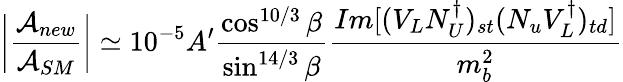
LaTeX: \bigg|{\frac{{\cal A}_{new}}{{\cal A}_{SM}}}\bigg|\simeq 10^{-5}A^{\prime}{\frac{\cos^{10/3}\beta}{\sin^{14/3}\beta}}{\frac{Im[(V_{L}N_{U}^{\dagger})_{st}(N_{u}V_{L}^{\dagger})_{td}]}{m_{b}^{2}}}